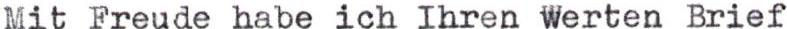
Mit Freude habe ich Ihren werten Brief